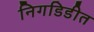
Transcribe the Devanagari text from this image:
निगडिडीत